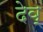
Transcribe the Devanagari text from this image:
देव्